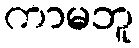
ကာမဘူ